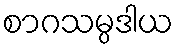
စာဂသမ္ပဒါယ